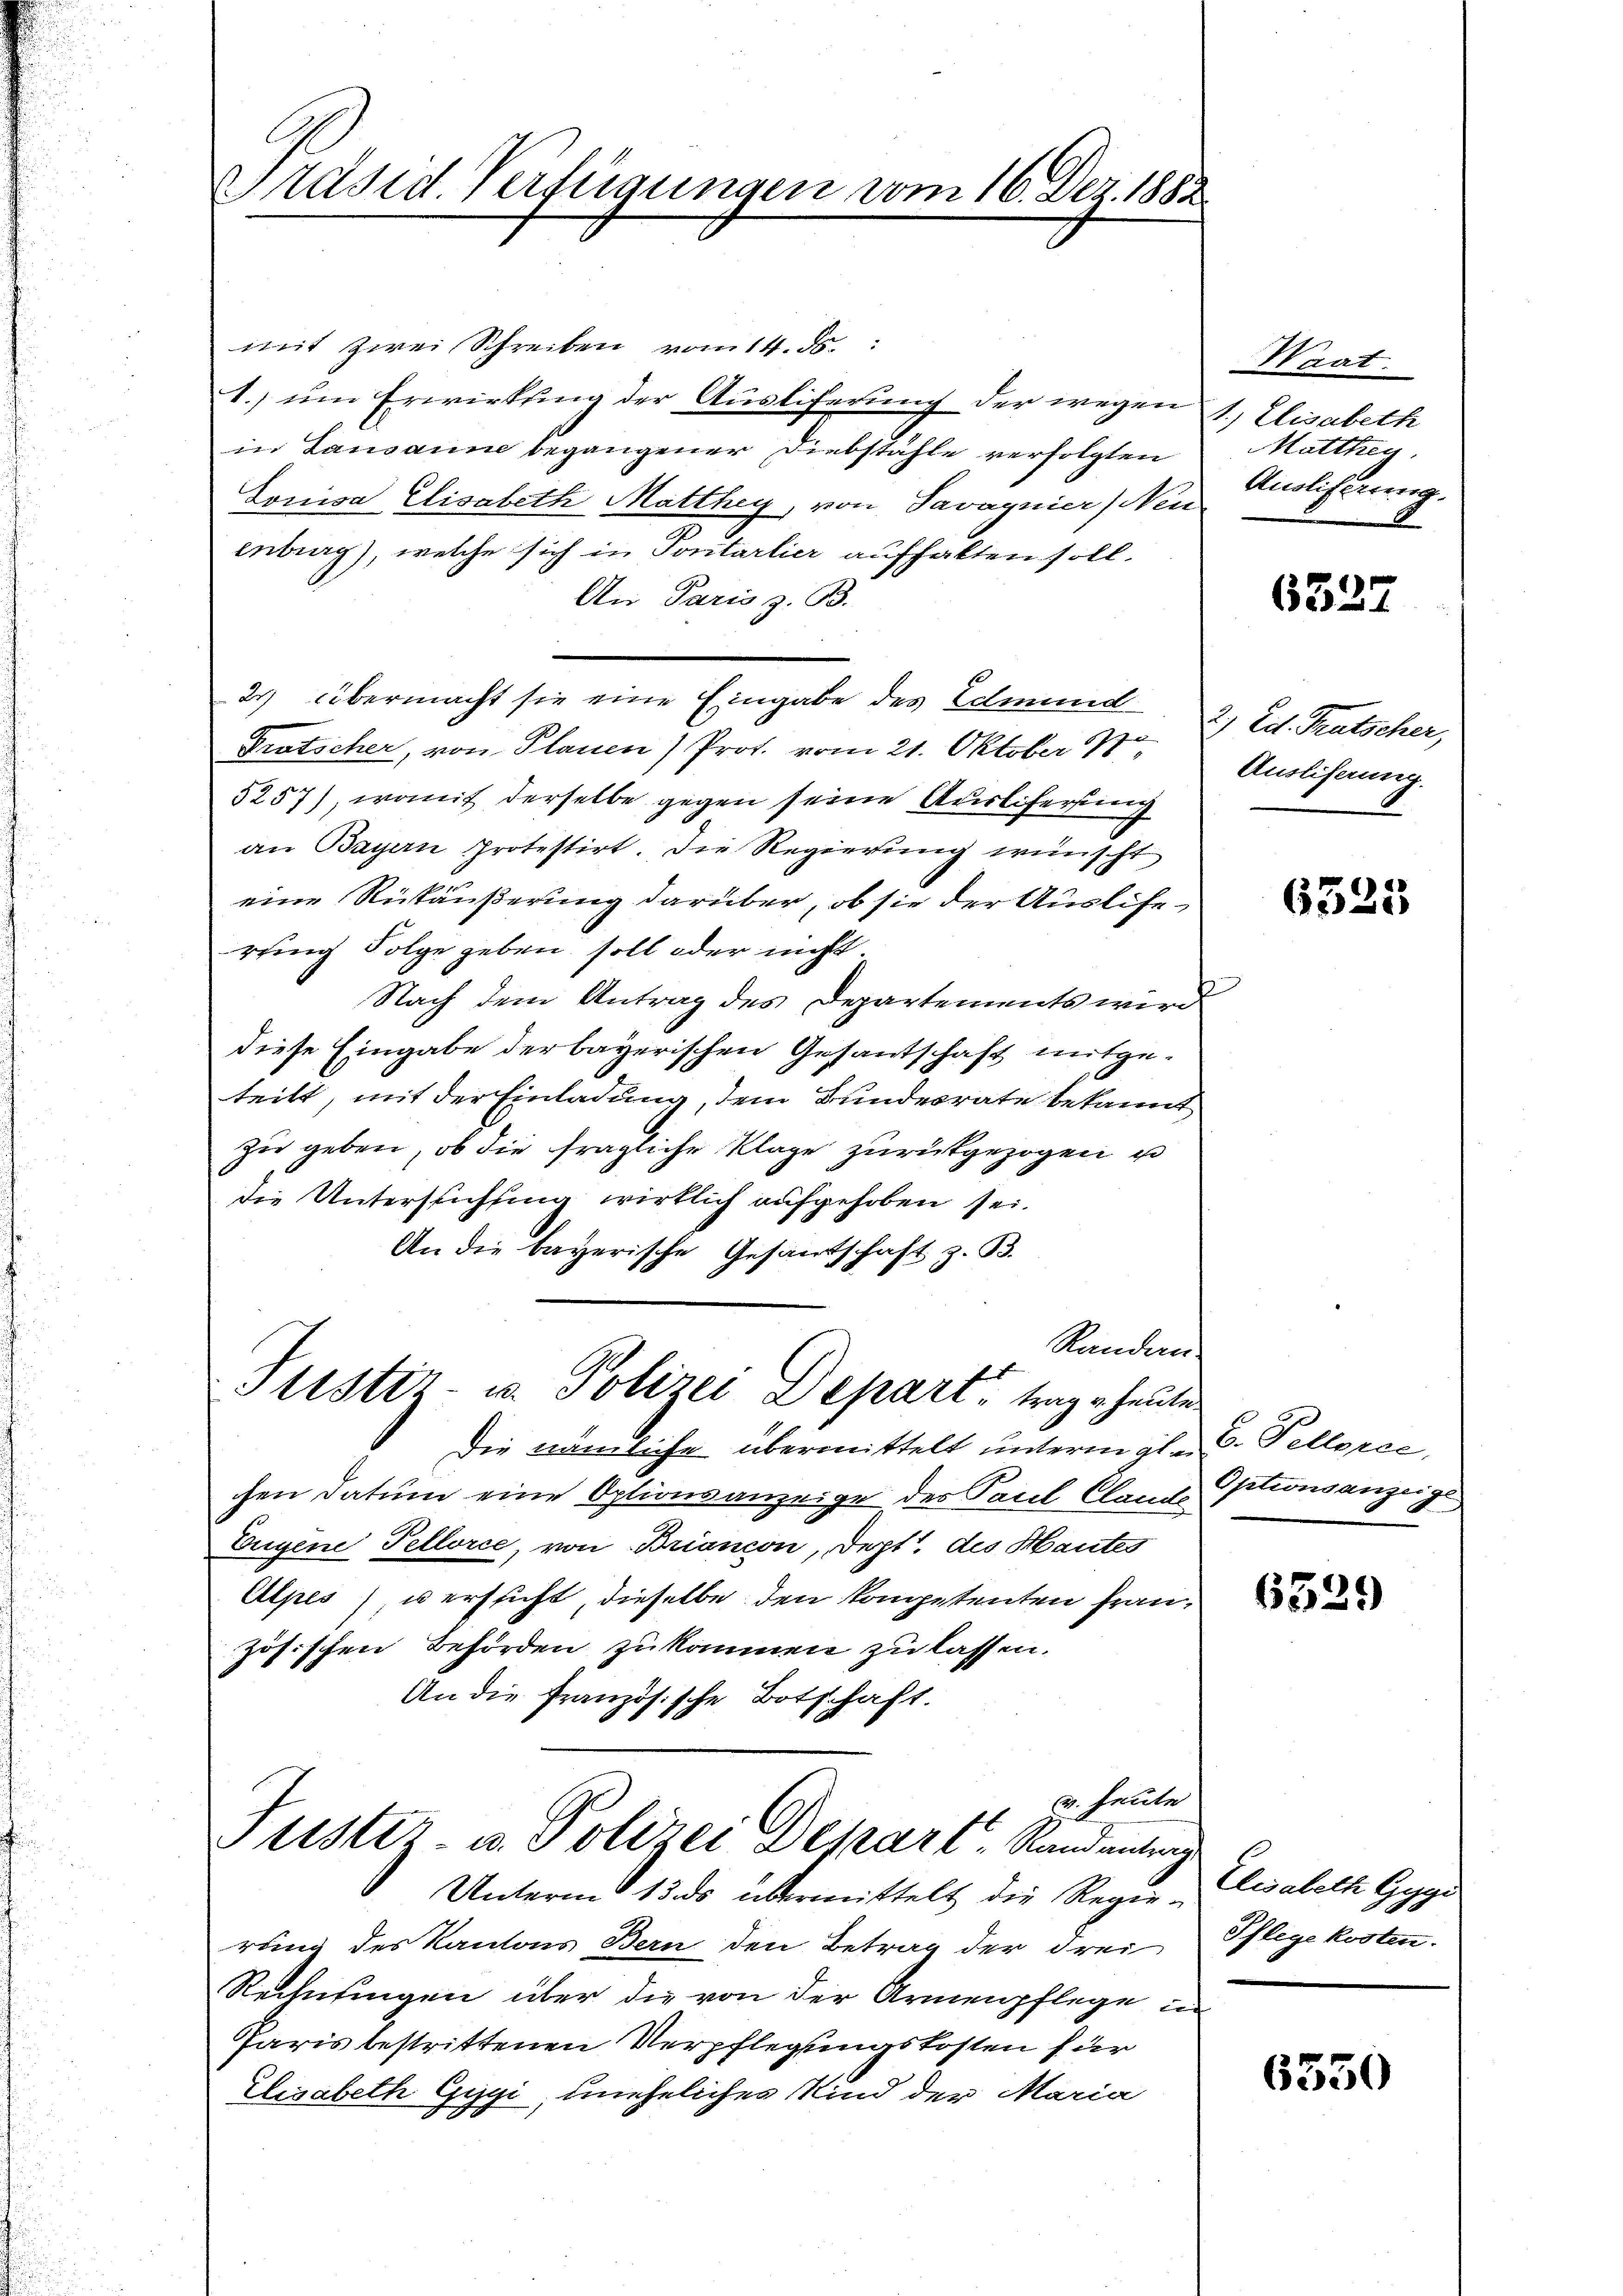
Präsid. Verfügungen vom 16. Dez. 1882

mit zwei Schreiben vom 14. d.
1.) um Erwirkung der Auslieferung der wegen 1, Elisabeth
in Lausanne begangener Diebstähle verfolgten
Lowisa Elisabeth Matthey, von Savagnier, Neu
enburg), welche sich in Pontarlier aufhalten soll.
An Paris z. B.
2) übermacht sie eine Eingabe des Edmund
Prutscher, von Planen Prof. vom 21. Oktober 18
5257), womit derselbe gegen seine Auslieferung
an Bayern protestirt. Die Regierŭng wünscht
eine Rückäußerung darüber, ob sie der Auslierung Folge geben soll oder nicht.
Nach dem Antrag des Departements wird
diese Eingabe der bayerischen Gesantschaft mitgeteilt, mit der Einladung, dem Bundesrate bekannt
zu geben, ob die fragliche Klage zurückgezogen u
die Unterstichtung wirklich aufgehoben sei.
An die bayerische Gesandtschaft z. B.
Randan

Justiz- u. Polizei Depart, trage heute

Die nämliche übermittelt unterm gl. C. Pellorce,
chen Datum eine Optionsanzeige der Paul Clauditionsanzeige
Eugene Pellorce, von Briancon, Dept. des Hautes
Alpes) u ersticht, dieselbe den kompetenten Frauzösischen Behörden zukommen zu lassen.
An die Französische Botschaft.
u. Heute
Justiz- u. Polizei Depart Randentrag
Unterm 13. ds übermittelt die Regierung des Kantons Bern den Betrag der Frei
Rechnungen über die von der Armenpflege un
Paris bestrittenen Verpflegungskosten für
Elisabeth Gygi, uneheliches Kind der Maria

Waat.
Matthey
Anolisirung.

6327

2, Ed. Tratscher,
Ausliferung.

6323

6329

Elisabeth Gygi
Pflege kosten.

6530